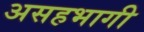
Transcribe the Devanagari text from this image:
असहभागी